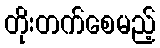
တိုးတက်စေမည့်